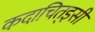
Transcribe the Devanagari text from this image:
कदाचित्‌इसी